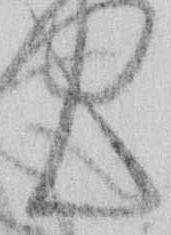
ん